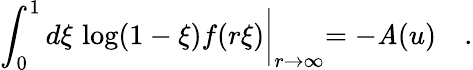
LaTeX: \int_{0}^{1}d\xi\, \log(1-\xi)f(r\xi)\biggl|_{r\to\infty}=-\mathit{A}(u)\quad.